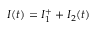
I ( t ) = I _ { 1 } ^ { + } + I _ { 2 } ( t )